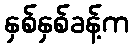
နှစ်နှစ်ခန့်က